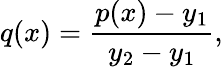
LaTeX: q(x)={\frac{p(x)-y_{1}}{y_{2}-y_{1}}},